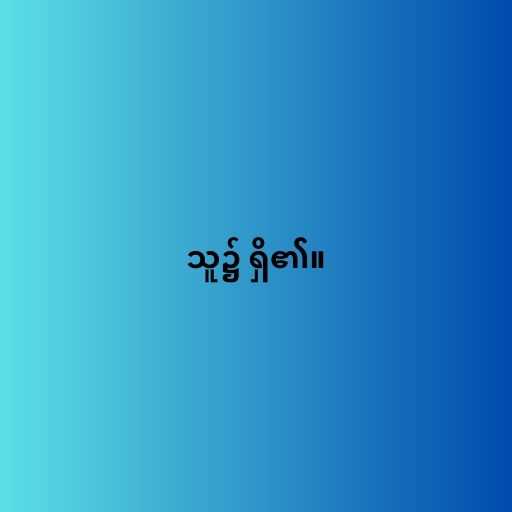
သူ၌ ရှိ၏။